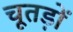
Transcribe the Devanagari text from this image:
चूतड़ों